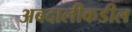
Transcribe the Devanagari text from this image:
अबदालीकडील